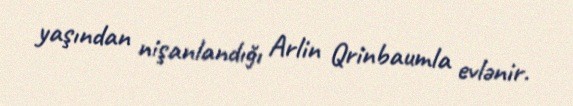
yaşından nişanlandığı Arlin Qrinbaumla evlənir.